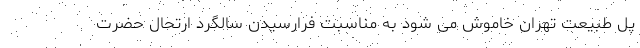
پل طبیعت تهران خاموش می شود به مناسبت فرارسیدن سالگرد ارتحال حضرت